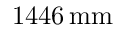
1 4 4 6 \, \mathrm { m m }